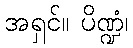
အရှင်။ ပိဏ္ဍံ၊